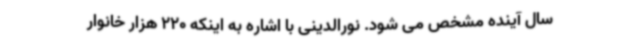
سال آینده مشخص می شود. نورالدینی با اشاره به اینکه 220 هزار خانوار